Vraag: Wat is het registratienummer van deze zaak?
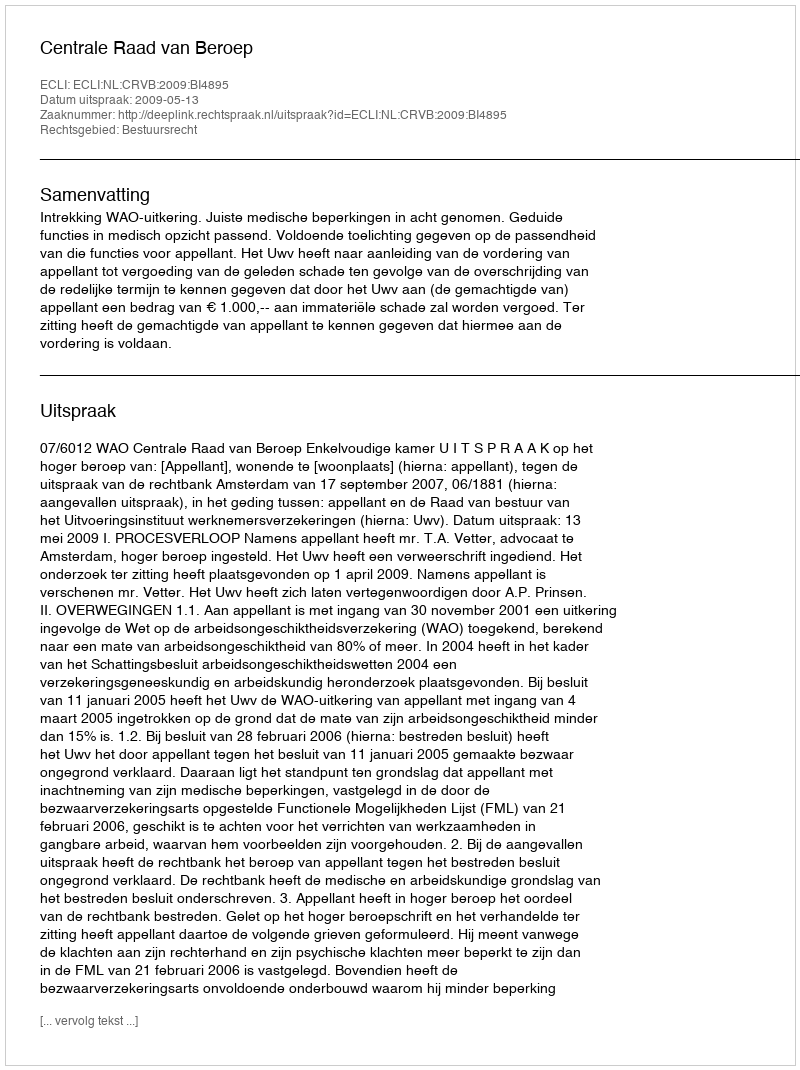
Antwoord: http://deeplink.rechtspraak.nl/uitspraak?id=ECLI:NL:CRVB:2009:BI4895